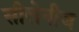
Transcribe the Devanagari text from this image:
सीलेनीज